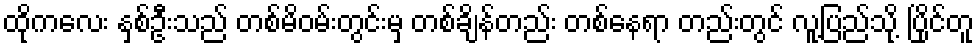
ထိုကလေး နှစ်ဦးသည် တစ်မိဝမ်းတွင်းမှ တစ်ချိန်တည်း တစ်နေရာ တည်းတွင် လူ့ပြည်သို့ ပြိုင်တူ